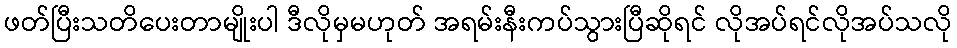
ဖတ်ပြီးသတိပေးတာမျိုးပါ ဒီလိုမှမဟုတ် အရမ်းနီးကပ်သွားပြီဆိုရင် လိုအပ်ရင်လိုအပ်သလို